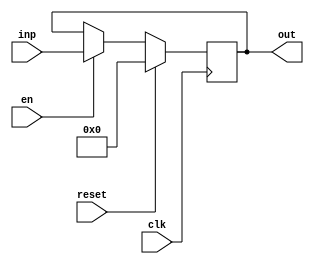
module registerNbits #(parameter N = 8) (clk, reset, en, inp, out);
	input clk, reset, en;
	output reg [N-1:0] out;
	input [N-1:0] inp;
	always @(posedge clk) begin
			if (reset) 
				out <= 'b0;
			else if(en)
				out <= inp;
	end
endmodule

module XMult (inputA,inputB,result);
input [7:0] inputA, inputB;
output [15:0] result;

assign result = inputA * inputB;
endmodule


module MulXWithRegs #(parameter N = 8) (inputA, inputB, clk, reset, en, result);
input clk, reset, en;
input [N-1:0] inputA, inputB;
output [2*N-1:0] result;
wire [N-1:0] A_reg;
wire [N-1:0] B_reg;
wire [N-1:0] outA_reg;
wire [N-1:0] outB_reg;
registerNbits #(8) regA(clk, reset, en, inputA, A_reg);
registerNbits #(8) regB(clk, reset, en, inputB, B_reg);
XMult XMultInst(A_reg, B_reg, {outA_reg,outB_reg});
registerNbits #(8) outA(clk, reset, en, outB_reg, result[N-1:0]);
registerNbits #(8) outB(clk, reset, en, outA_reg, result[2*N-1:N]);
endmodule